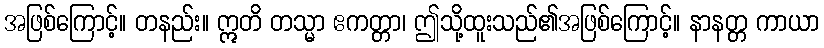
အဖြစ်ကြောင့်။ တနည်း။ ဣတိ တသ္မာ ဧကတ္တာ၊ ဤသို့ထူးသည်၏အဖြစ်ကြောင့်။ နာနတ္တ ကာယာ